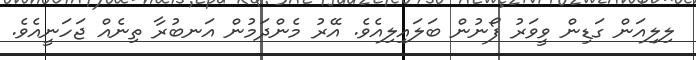
ލިލިއަން ގަޑިން ވީވަރު ފޯނުން ބަލައިލިއެވެ. އޭރު މެންދަމުން އަނބުރާ ތިނެއް ޖަހަނީއެވެ.